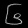
Digit: ၆